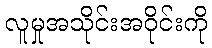
လူမှုအသိုင်းအဝိုင်းကို